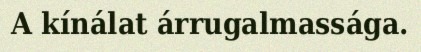
A kínálat árrugalmassága.